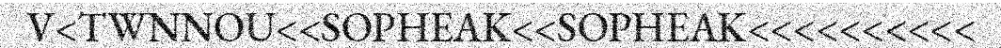
V<TWNNOU<<SOPHEAK<<SOPHEAK<<<<<<<<<<